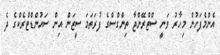
އެންމެފަހުން މިހާރު ވަނީ ސްޓްރޭންޖާ ތިންގްސްގެ ފުރަތަމަ ސީޒަން އިން ސައުންޑްޓްރެކްގެ ދެ